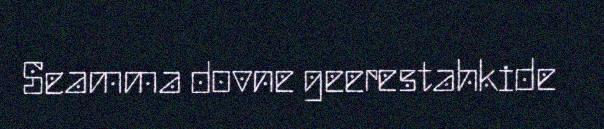
Seamma dovne geerestahkide